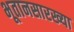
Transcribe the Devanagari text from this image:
भूतानसारख्या